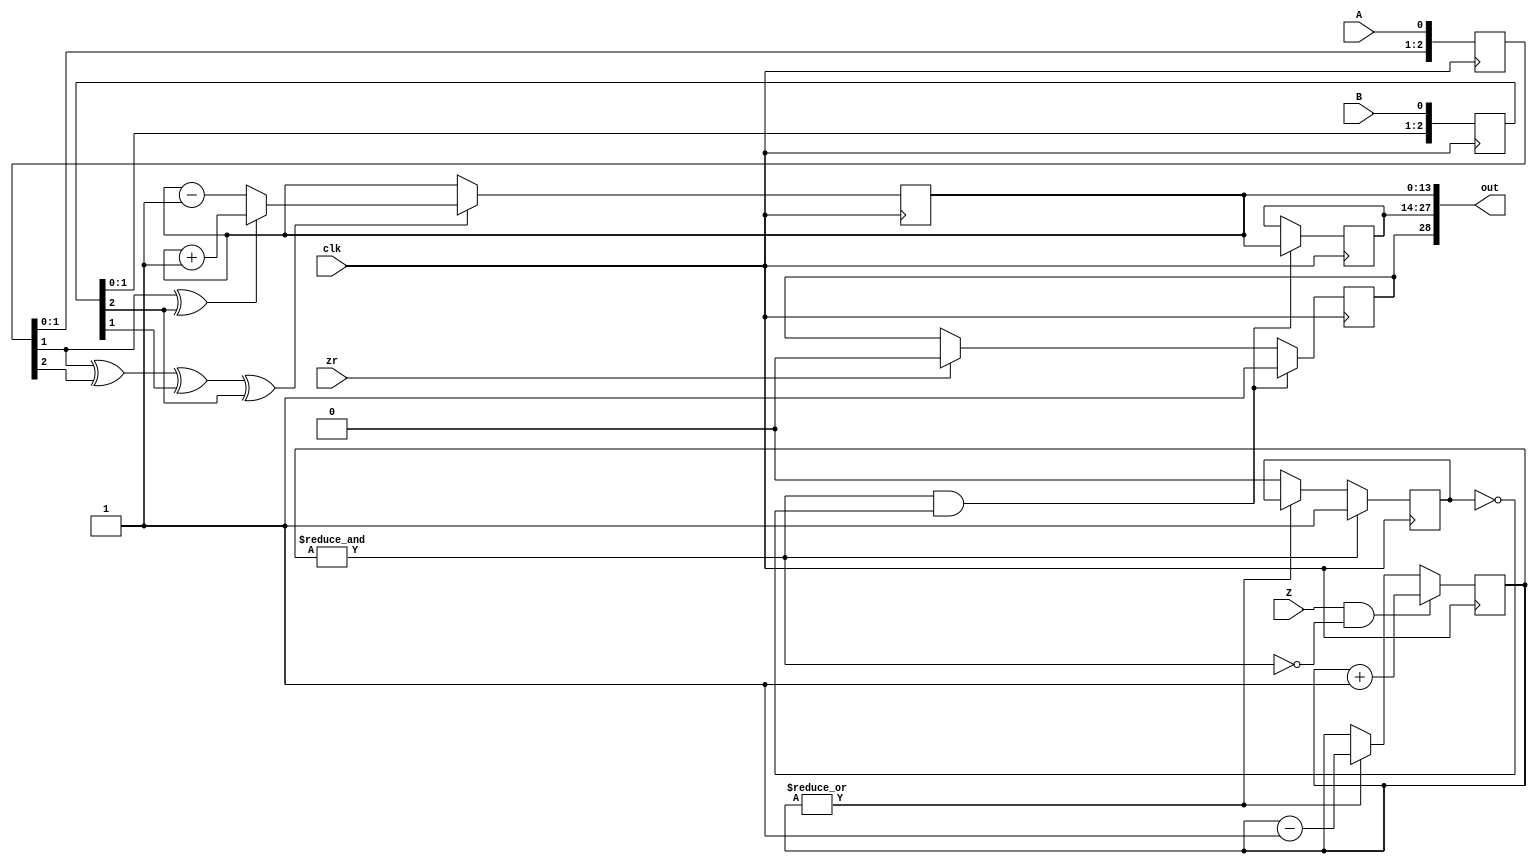
module quad(clk, A, B, Z, zr, out);
parameter W=14;
input clk, A, B, Z, zr;
reg [(W-1):0] c, i; reg zl;
output [2*W:0] out = { zl, i, c };
// reg [(W-1):0] c, i; reg zl;

reg [2:0] Ad, Bd;
reg [2:0] Zc;
always @(posedge clk) Ad <= {Ad[1:0], A};
always @(posedge clk) Bd <= {Bd[1:0], B};

wire good_one = &Zc;
wire good_zero = ~|Zc;
reg last_good;

wire index_pulse = good_one && ! last_good;

wire count_enable = Ad[1] ^ Ad[2] ^ Bd[1] ^ Bd[2];
wire count_direction = Ad[1] ^ Bd[2];

always @(posedge clk)
begin
    if(Z && !good_one) Zc <= Zc + 2'b1;
    else if(!good_zero) Zc <= Zc - 2'b1;
    if(good_one) last_good <= 1;
    else if(good_zero) last_good <= 0;
    if(count_enable)
    begin
	if(count_direction) c <= c + 1'd1;
	else c <= c - 1'd1;
    end 
    if(index_pulse) begin
	i <= c;
	zl <= 1;
    end else if(zr) begin
	zl <= 0;
    end
end
endmodule